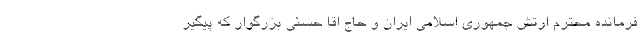
فرمانده محترم ارتش جمهوری اسلامی ایران و حاج اقا حسنی بزرگوار که پیگیر